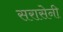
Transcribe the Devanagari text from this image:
सरासेनी